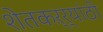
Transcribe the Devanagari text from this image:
शेतकऱ्र्‍यांठी